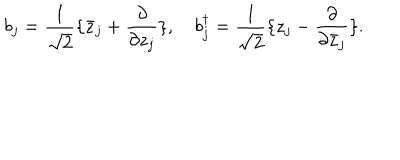
LaTeX: b _ { j } = { \frac { 1 } { \sqrt 2 } } \{ \bar { z } _ { j } + { \frac { \partial } { \partial z _ { j } } } \} , ~ b _ { j } ^ { \dagger } = { \frac { 1 } { \sqrt 2 } } \{ z _ { j } - { \frac { \partial } { \partial \bar { z } _ { j } } } \} .